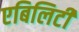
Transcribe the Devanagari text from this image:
एबिलिटी